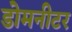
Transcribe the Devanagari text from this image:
डोमनीटर